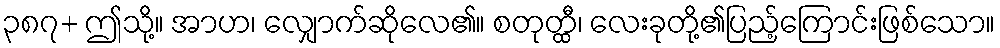
၃၈၇+ ဤသို့။ အာဟ၊ လျှောက်ဆိုလေ၏။ စတုတ္ထီ၊ လေးခုတို့၏ပြည့်ကြောင်းဖြစ်သော။